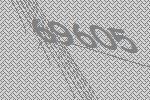
69605